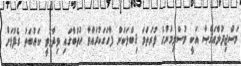
މަސްޖިދުލްއަޤްޞާ އަކީ މުސްލިމުންގެ ފުރަތަމަ ޤިބްލަކަން ފާހަގަކުރައްވާ ހުތުބާގައި ވިދާޅުވީ ކައުބަތު ގެފުޅަށް